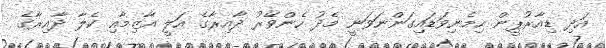
އަދި ޑިއާރުޕީން ހިމެނިވަޑައިގަންނަވަނީ މެދު ހެންވޭރު ދާއިރާގެ އަލީ އާޒިމާއި ކެލާ ދާއިރާގެ